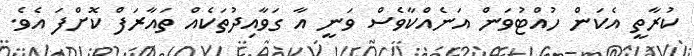
ކުރާތީ އެކަން ހުއްޓުވަން އަނެއްކާވެސް ވަނީ އާ ގަވާއިދުތަކެއް ތައާރަފް ކޮށްފަ އެވެ.